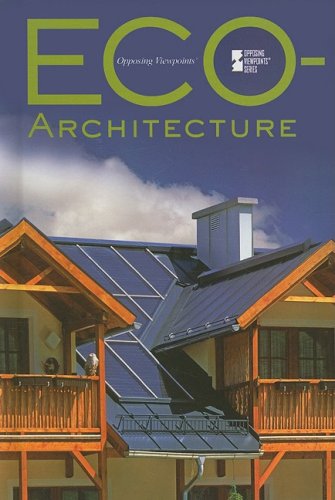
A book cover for Ecoarchitecture (Opposing Viewpoints); Christina Fisanick; Teen & Young Adult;